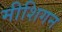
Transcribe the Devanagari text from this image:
मीशिगन